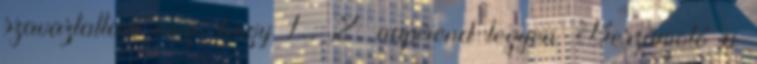
szavaztattam meg, hogy 1., 2. napirend legyen. Beszámoló a